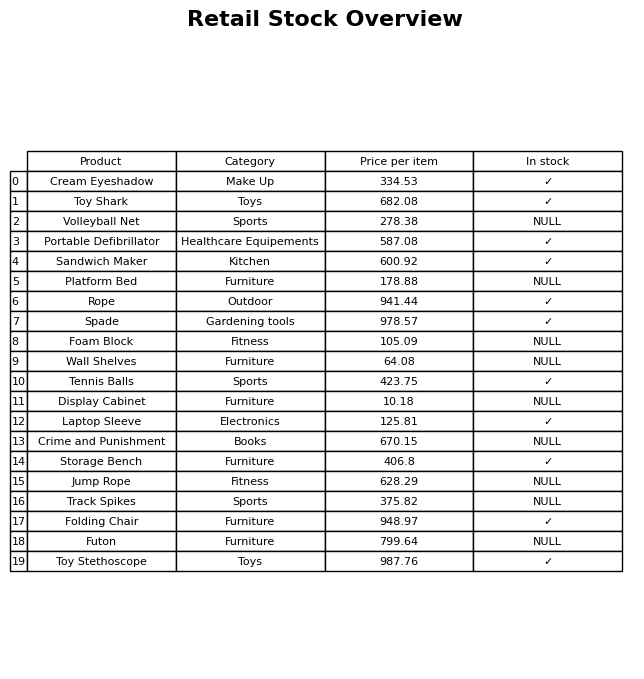
question: What is the price of the Portable Defibrillator?
answer: The price of Portable Defibrillator is 587.08.